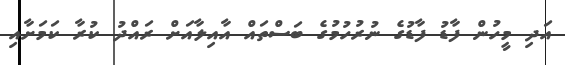
އަދި މީހުން ފާޑު ފާޑުގެ ނުރުހުމުގެ ބަސްތައް އާއިލާއަށް ރައްދު ކުރާ ކަމަށާއި